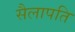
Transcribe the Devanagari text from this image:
सैलापति